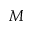
M